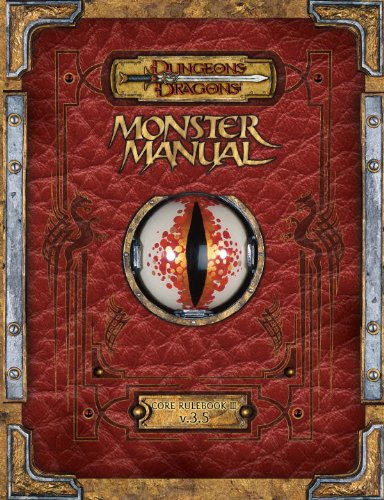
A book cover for Premium Dungeons & Dragons 3.5 Monster Manual with Errata; Wizards RPG Team; Science Fiction & Fantasy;